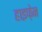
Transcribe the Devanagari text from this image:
हाइफे़न